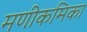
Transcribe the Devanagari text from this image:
मणीकमिका